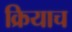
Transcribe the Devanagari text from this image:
क्रियाच